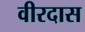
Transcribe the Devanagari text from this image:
वीरदास